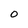
Character: 0